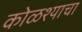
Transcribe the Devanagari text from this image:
कोळश्याचा